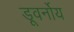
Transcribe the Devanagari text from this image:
डूवर्नोय